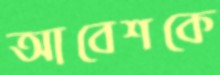
আবেশকে